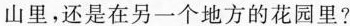
山里，还是在另一个地方的花园里?